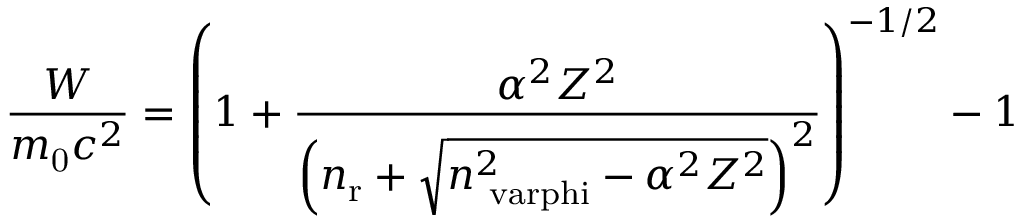
{ \frac { W } { m _ { \mathrm { 0 } } c ^ { 2 } } } = \left( 1 + { \frac { \alpha ^ { 2 } Z ^ { 2 } } { \left( n _ { \mathrm { r } } + { \sqrt { n _ { \mathrm { \ v a r p h i } } ^ { 2 } - \alpha ^ { 2 } Z ^ { 2 } } } \right) ^ { 2 } } } \right) ^ { - 1 / 2 } - 1